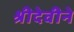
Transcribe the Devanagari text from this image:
श्रीदेवीने